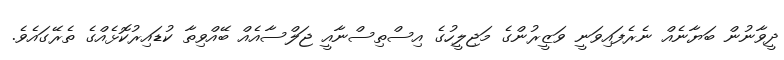
ދީވާނުން ބަޔާނެއް ނެރެފައިވަނީ ވަޒީރުންގެ މަޖިލީހުގެ އިސްތިސްނާއީ ޖަލްސާއެއް ބޭއްވިތާ ކުޑައިރުކޮޅެއްގެ ތެރޭގައެވެ.